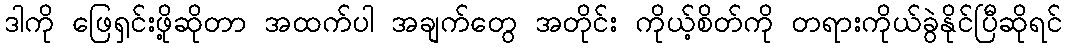
ဒါကို ဖြေရှင်းဖို့ဆိုတာ အထက်ပါ အချက်တွေ အတိုင်း ကိုယ့်စိတ်ကို တရားကိုယ်ခွဲနိုင်ပြီဆိုရင်